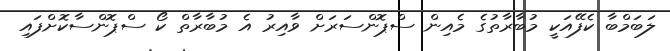
ލަބަމްބާ ކެފޭއަކީ މުބާރާތުގެ މެއިން ސްޕޮންސަރަށް ވާއިރު އެ މުބާރާތް ކޯ ސްޕޮންސާކޮށްފައި